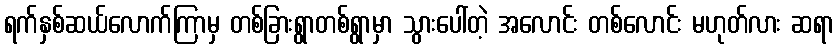
ရက်နှစ်ဆယ်လောက်ကြာမှ တစ်ခြားရွာတစ်ရွာမှာ သွားပေါ်တဲ့ အလောင်း တစ်လောင်း မဟုတ်လား ဆရာ